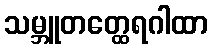
သမ္ဘူတတ္ထေရဂါထာ